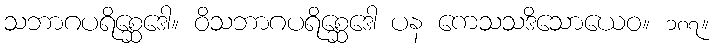
သဘာဂပရိစ္ဆေဒေါ။ ဝိသဘာဂပရိစ္ဆေဒေါ ပန ကေသသဒိသောယေဝ။ ၁၈၇။